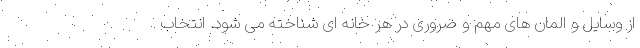
از وسایل و المان های مهم و ضروری در هر خانه ای شناخته می شود. انتخاب